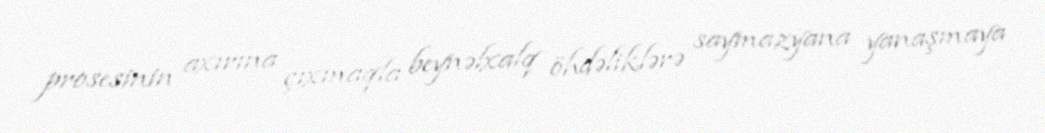
prosesinin axırına çıxmaqla beynəlxalq öhdəliklərə saymazyana yanaşmaya